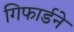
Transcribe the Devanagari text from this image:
गिफार्डने